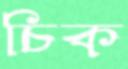
চিক